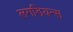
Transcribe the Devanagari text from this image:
लगडियन्स